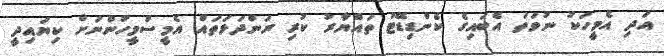
އަދި އެމީހަކު ނުވަތަ އެބައިގެ ކެންޑިޑޭޓު ތައްޔާރު ކުރި ރަންދަޅަތައް އެމީސްމީހުންނަށް ކިޔައިދީ